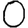
Digit: 0